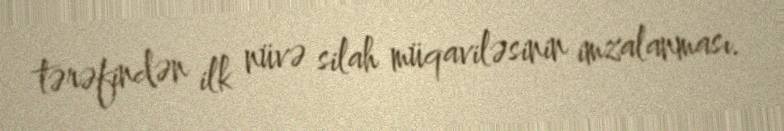
tərəfindən ilk nüvə silah müqaviləsinin imzalanması.